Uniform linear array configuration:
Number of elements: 48
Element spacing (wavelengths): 0.25
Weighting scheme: binomial
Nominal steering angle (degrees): -45
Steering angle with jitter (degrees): -43.846
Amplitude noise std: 0.05
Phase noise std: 0.05

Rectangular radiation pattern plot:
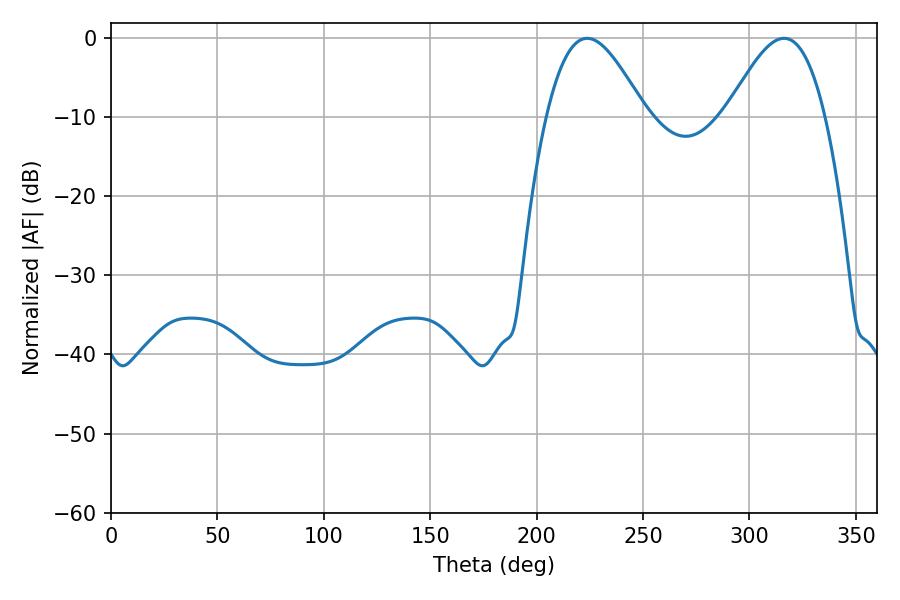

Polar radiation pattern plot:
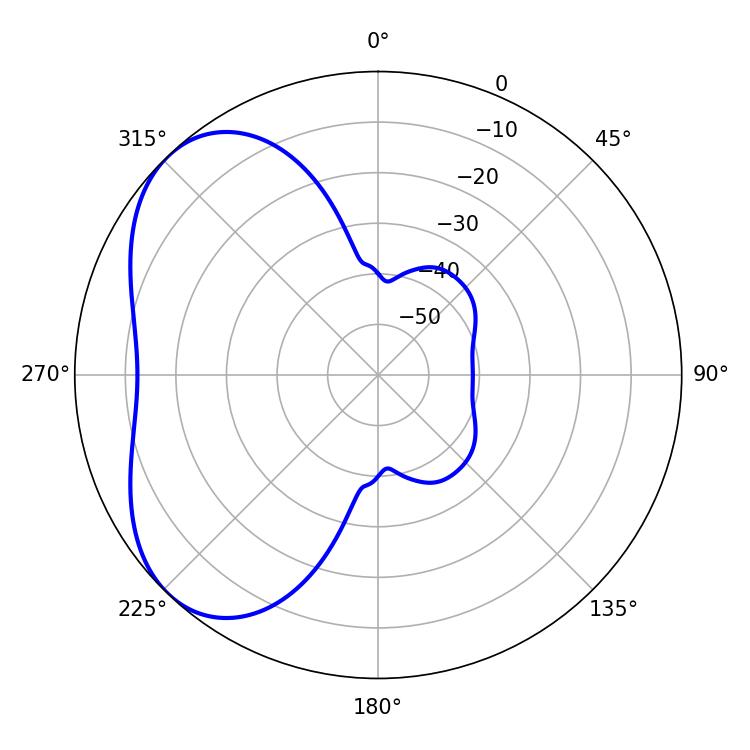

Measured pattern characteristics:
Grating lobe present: FALSE
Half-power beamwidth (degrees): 25.02
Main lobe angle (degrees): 223.74